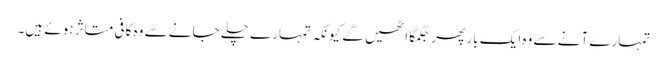
تمہارے آنے سے وہ ایک بار پھر جگمگا اٹھیں گے کیونکہ تمہارے چلے جانے سے وہ کافی متاثر ہوئے ہیں۔